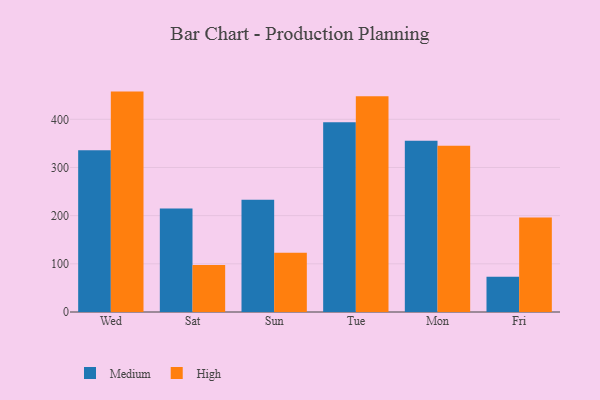
{"axis": {"x": "Day", "y": "Headcount"}, "legend": ["High", "Medium"], "data": [{"x": "Wed", "y": 335.7, "type": "Medium"}, {"x": "Wed", "y": 457.5, "type": "High"}, {"x": "Sat", "y": 215.1, "type": "Medium"}, {"x": "Sat", "y": 97.6, "type": "High"}, {"x": "Sun", "y": 232.9, "type": "Medium"}, {"x": "Sun", "y": 123.2, "type": "High"}, {"x": "Tue", "y": 393.8, "type": "Medium"}, {"x": "Tue", "y": 447.7, "type": "High"}, {"x": "Mon", "y": 355.5, "type": "Medium"}, {"x": "Mon", "y": 345.1, "type": "High"}, {"x": "Fri", "y": 73.0, "type": "Medium"}, {"x": "Fri", "y": 196.1, "type": "High"}]}